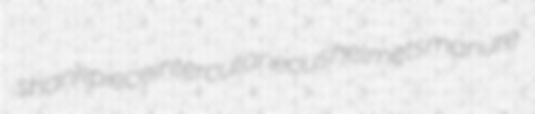
shankpiece intercutaneous helmets manure